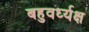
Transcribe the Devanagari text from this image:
बहुवर्ध्यक्ष